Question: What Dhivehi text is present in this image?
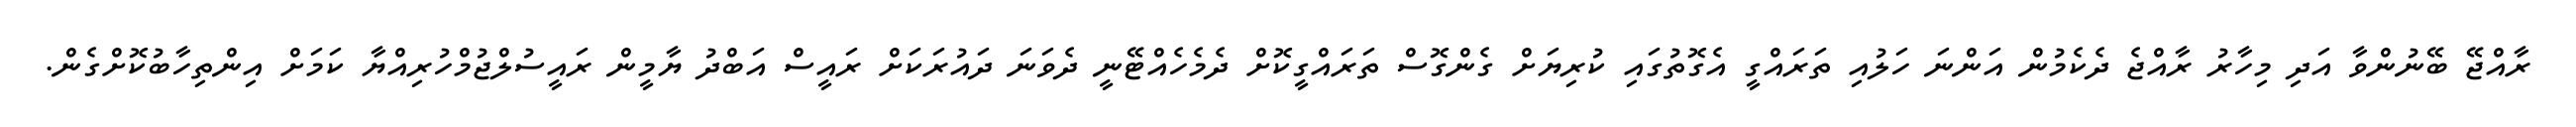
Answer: ރާއްޖޭ ބޭނުންވާ އަދި މިހާރު ރާއްޖެ ދެކެމުން އަންނަ ހަލުއި ތަރައްގީ އެގޮތުގައި ކުރިޔަށް ގެންގޮސް ތަރައްގީކޮށް ދެމެހެއްޓޭނީ ދެވަނަ ދައުރަކަށް ރައީސް އަބްދު ޔާމީން ރައީސުލްޖުމްހުރިއްޔާ ކަމަށް އިންތިހާބުކޮށްގެން.